Lunatic asylums Central Provinces reports 1874-1885 - 1874-1885
Year: 1874
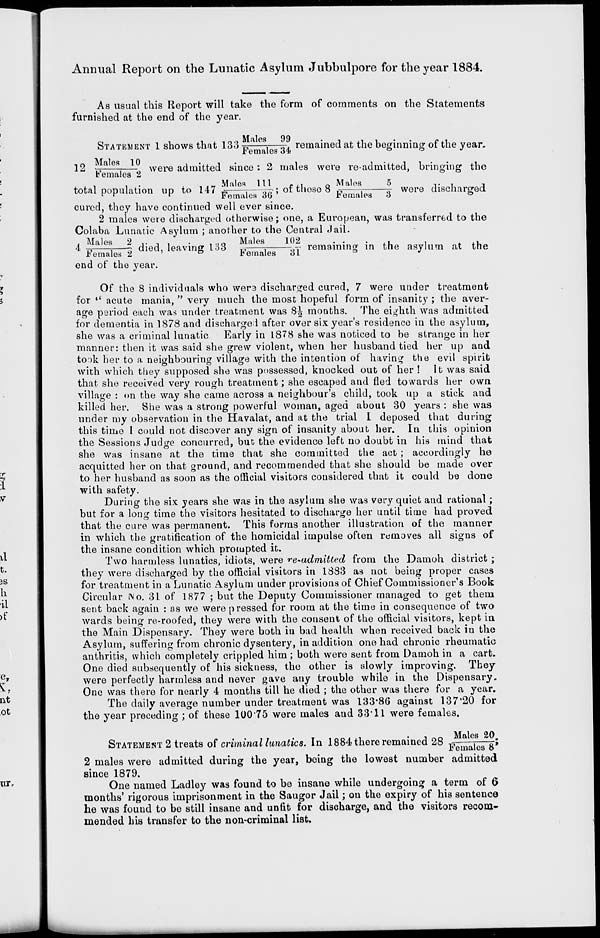
Annual Report on the Lunatic Asylum Jubbulpore for the year 1884.
As usual this Report will take the form of comments on the Statements
furnished at the end of the year.
STATEMENT 1 shows that 133 Males 99/Females 34 remained at the beginning of the year.
12 Males 10/Females 2 were admitted since: 2 males were re-admitted, bringing the
total population up to
147
Males
11/Females
36
Males
5
/Females
3
total population up to 147 Males 111/ Femal es 36 ; of these 8 Males 5 /Females 3 were discharged
cured, they have continued well ever since.
2 males were discharged otherwise; one, a European, was transferred to the
Colaba Lunatic Asylum ; another to the Central Jail.
4 Males 2/Females 2 died, leaving 133 Males 102/Females 31 remaining in the asylum at the
end of the year.
Of the 8 individuals who were discharged cured, 7 were under treatment
for " acute mania, " very much the most hopeful form of insanity ; the aver-
age period each was under treatment was 8½ months. The eighth was admitted
for dementia in 1878 and discharged after over six year's residence in the asylum,
she was a criminal lunatic. Early in 1878 she was noticed to be strange in her
manner: then it was said she grew violent, when her husband tied her up and
took her to a neighbouring village with the intention of having the evil spirit
with which they supposed she was possessed, knocked out of her ! It was said
that she received very rough treatment; she escaped and fled towards her own
village : on the way she came across a neighbour's child, took up a stick and
killed her. She was a strong powerful woman, aged about 30 years : she was
under my observation in the Havalat, and at the trial I deposed that during
this time I could not discover any sign of insanity about her. In this opinion
the Sessions Judge concurred, but the evidence left no doubt in his mind that
she was insane at the time that she committed the act; accordingly he
acquitted her on that ground, and recommended that she should be made over
to her husband as soon as the official visitors considered that it could be done
with safety.
During the six years she was in the asylum she was very quiet and rational;
but for a long time the visitors hesitated to discharge her until time had proved
that the cure was permanent. This forms another illustration of the manner
in which the gratification of the homicidal impulse often removes all signs of
the insane condition which prompted it.
Two harmless lunatics, idiots, were re-admitted from the Damoh district;
they were discharged by the official visitors in 1883 as not being proper cases
for treatment in a Lunatic Asylum under provisions of Chief Commissioner's Book
Circular No. 31 of 1877 ; but the Deputy Commissioner managed to get them
sent back again : as we were pressed for room at the time in consequence of two
wards being re-roofed, they were with the consent of the official visitors, kept in
the Main Dispensary. They were both in bad health when received back in the
Asylum, suffering from chronic dysentery, in addition one had chronic rheumatic
anthritis, which completely crippled him ; both were sent from Damoh in a cart.
One died subsequently of his sickness, the other is slowly improving. They
were perfectly harmless and never gave any trouble while in the Dispensary.
One was there for nearly 4 months till he died ; the other was there for a year.
The daily average number under treatment was 133.86 against 137.20 for
the year preceding ; of these 100.75 were males and 33.11 were females.
Males 20
STATEMENT 2 treats of criminal lunatics. In 1884 there remained 28 Males 20/ Femal es 8 ;
2 males were admitted during the year, being the lowest number admitted
since 1879.
One named Ladley was found to be insane while undergoing a term of 6
months' rigorous imprisonment in the Saugor Jail; on the expiry of his sentence
he was found to be still insane and unfit for discharge, and the visitors recom-
mended his transfer to the non-criminal list.